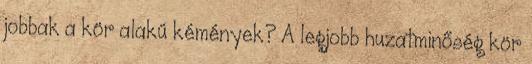
jobbak a kör alakú kémények? A legjobb huzatminőség kör